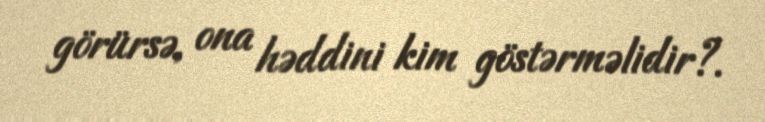
görürsə, ona həddini kim göstərməlidir?.